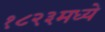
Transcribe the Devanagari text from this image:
१८२३मध्ये